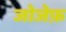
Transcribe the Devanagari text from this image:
जोजेफ़